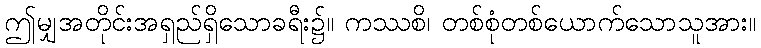
ဤမျှအတိုင်းအရှည်ရှိသောခရီး၌။ ကဿစိ၊ တစ်စုံတစ်ယောက်သောသူအား။